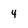
Character: 4